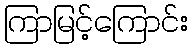
ကြာမြင့်ကြောင်း